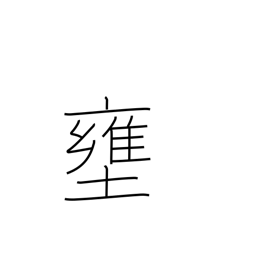
Meaning: shut up